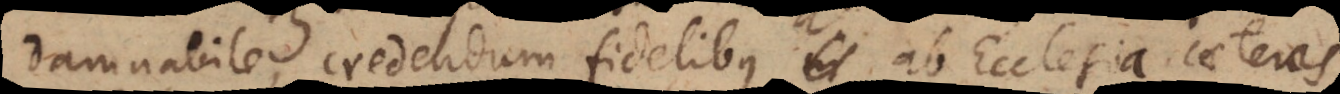
damnabile, credendum fidelibus ab Ecclesia caeteras